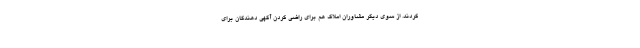
‌کردند. از سوی دیگر مشاوران املاک هم برای راضی کردن آگهی دهندگان برای